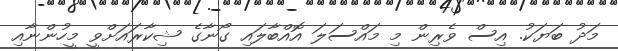
މަދު ބަޔަކު. އިސް ވެރިން މި މައްސަލަ އޮއްބާލައި ގޯނާގެ ޝިކާރައަށްވީ މީހުންނާއި